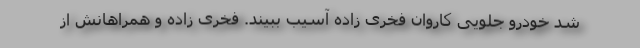
شد خودرو جلویی کاروان فخری زاده آسیب ببیند. فخری زاده و همراهانش از